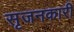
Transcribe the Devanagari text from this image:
सृजनकारी